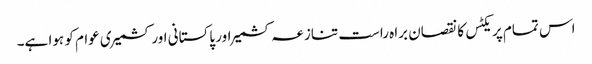
اس تمام پریکٹس کا نقصان براہ راست تنازعہ کشمیر اور پاکستانی اور کشمیری عوام کو ہوا ہے۔